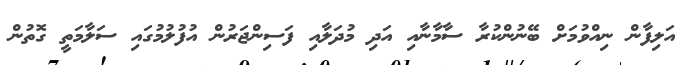
އަލިފާން ނިއްވުމަށް ބޭނުންކުރާ ސާމާނާއި އަދި މުދަލާއި ފަސިންޖަރުން އުފުލުމުގައި ސަލާމަތީ ގޮތުން